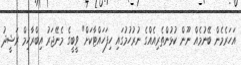
އަހަރެމެން ބޭނުމެއް ނޫން ކުޅުންތެރިއެއްގެ ނުރުހުމުގައި ހިފަހައްޓާކަށް" ވީބީގެ މެނޭޖަރު އިބްރާހިމް ރަޝީދު